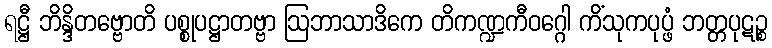
ရဋ္ဌီ ဘိန္ဒိတဗ္ဗောတိ ပစ္စုပဋ္ဌာတဗ္ဗာ ဩဘာသာဒိကေ တိကဏ္ဍကီဝဂ္ဂေါ ကိံသုကပုပ္ဖံ ဘတ္တပုဋဉ္စ